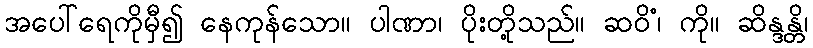
အပေါ်ရေကိုမှီ၍ နေကုန်သော။ ပါဏာ၊ ပိုးတို့သည်။ ဆဝိံ၊ ကို။ ဆိန္ဒန္တိ၊